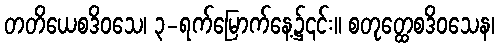
တတိယေစဒိဝသေ၊ ၃-ရက်မြောက်နေ့၌၎င်း။ စတုတ္ထေစဒိဝသေန၊